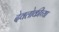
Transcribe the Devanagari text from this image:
देवलोकीच्या